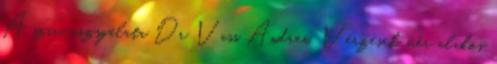
A szív vizsgálata Dr Vass Andrea. Vérzések, vér alakos